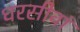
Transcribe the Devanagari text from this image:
धरसीवां